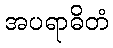
အပရာဓိတံ